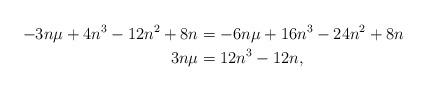
LaTeX: \begin{align*} &&-3n\mu +4n^3-12n^2+8n&=-6n\mu+16n^3-24n^2+8n\\&&3n\mu &=12n^3-12n, \end{align*}